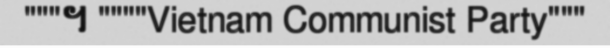
"""។ """"Vietnam Communist Party"""